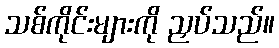
သစ်ကိုင်းများကို ညှပ်သည်။